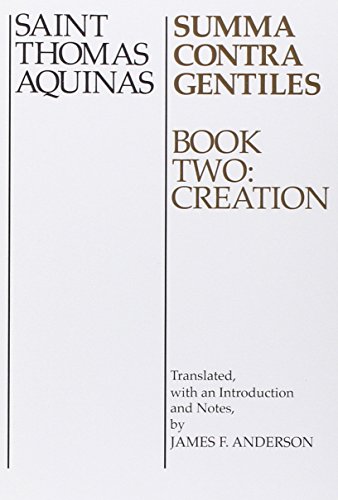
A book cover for Summa Contra Gentiles: Book Two: Creation; St. Thomas Aquinas; Politics & Social Sciences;